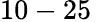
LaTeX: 10-25\